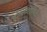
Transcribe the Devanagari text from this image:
होस्पिटालिटी